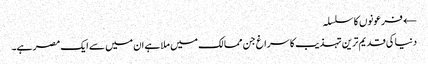
← فرعونوں کا سلسلہ
دنیا کی قدیم ترین تہذیب کا سراغ جن ممالک میں ملا ہے ان میں سے ایک مصر ہے۔